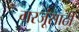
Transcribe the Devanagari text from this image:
गरजूंसाठी